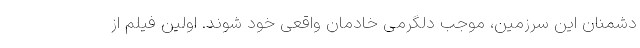
دشمنان این سرزمین، موجب دلگرمی خادمان واقعی خود شوند. اولین فیلم از